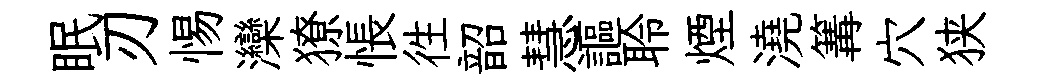
眠刃惕灤獠悵徃韶慧謳聆煙澆篝穴狭